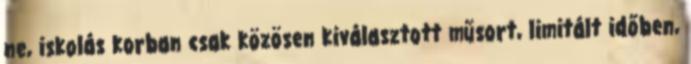
ne, iskolás korban csak közösen kiválasztott műsort, limitált időben,